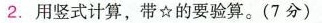
2. 用竖式计算，带\star的要验算。(7分)